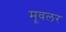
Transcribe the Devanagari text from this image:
मूवलर